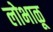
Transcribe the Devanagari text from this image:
लोभाळू